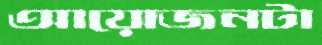
আয়োজনটা